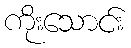
ကိုးသောင်း